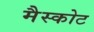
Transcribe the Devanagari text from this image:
मैस्कोट